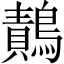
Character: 𪄸